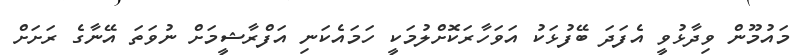
މައުމޫން ވިދާޅުވީ އެފަދަ ބޭފުޅަކު އަވަހާރަކޮށްލުމަކީ ހަމައެކަނި އަފްރާޝީމަށް ނުވަތަ އޭނާގެ ރަށަށް